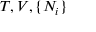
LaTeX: T , V , \{ N _ { i } \}